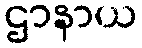
ဌာနာယ